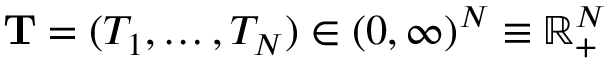
\mathbf { T } = ( T _ { 1 } , \ldots , T _ { N } ) \in ( 0 , \infty ) ^ { N } \equiv \mathbb { R } _ { + } ^ { N }